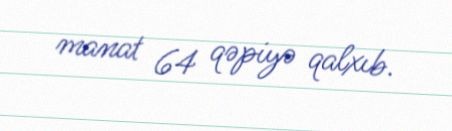
manat 64 qəpiyə qalxıb.